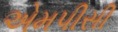
એમપીસી